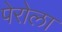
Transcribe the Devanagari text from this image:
पेरोला